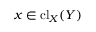
x \in \mathrm { { c l } } _ { X } ( Y )